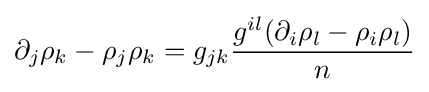
\partial _{j}\rho _{k}-\rho _{j}\rho _{k}=g_{jk}{\frac {g^{il}(\partial _{i}\rho _{l}-\rho _{i}\rho _{l})}{n}}